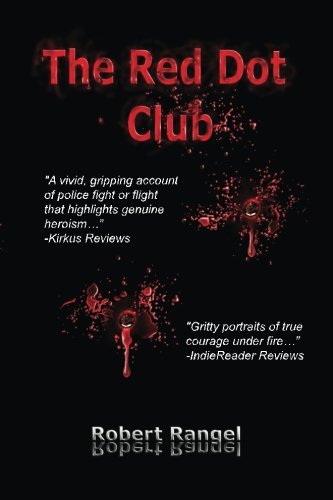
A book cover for The Red Dot Club; Mr. Robert Rangel; Biographies & Memoirs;